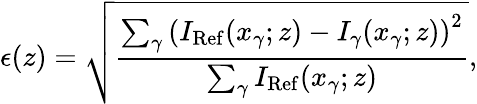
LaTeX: \epsilon(z)=\sqrt{\frac{\sum_{\gamma}\left(I_{\mathrm{Ref}}(x_{\gamma};z)-I_{\gamma}(x_{\gamma};z)\right)^{2}}{\sum_{\gamma}I_{\mathrm{Ref}}(x_{\gamma};z)}},